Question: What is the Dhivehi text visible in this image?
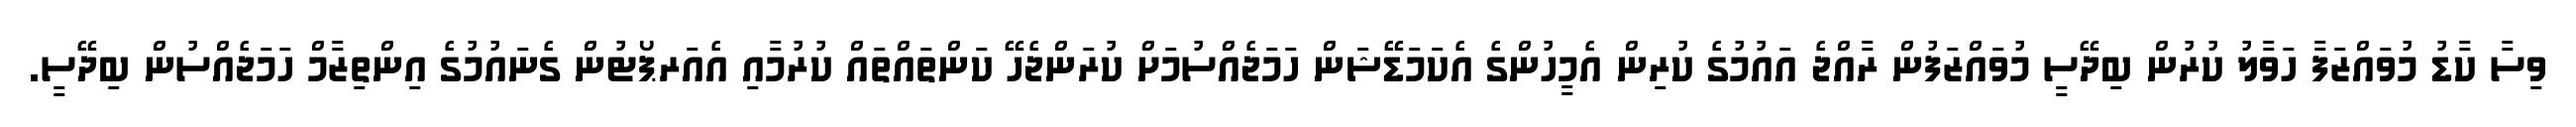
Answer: ވިސާ ކާޑު މުވައްޒަފާ ހަވާލު ކުރުން ބިދޭސީ މުވައްޒަފުން ރާއްޖެ އައުމުގެ ކުރިން އެމީހުންގެ އެކަމަޑޭޝަން ހަމަޖެއްސުމަށް ކުރަންޖެހޭ ކަންތައްތައް ކުރުމާއި އެއަރޕޯޓުން ގެނައުމުގެ އިންތިޒާމް ހަމަޖެއްސުން ބިދޭސީ.